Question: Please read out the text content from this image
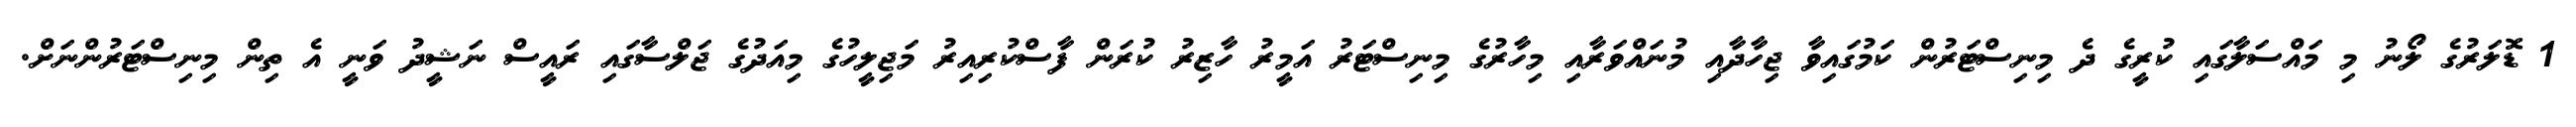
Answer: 1 ޑޮލަރުގެ ލޯނު މި މައްސަލާގައި ކުރީގެ ދެ މިނިސްޓަރުން ކަމުގައިވާ ޖިހާދާއި މުނައްވަރާއި މިހާރުގެ މިނިސްޓަރު އަމީރު ހާޒިރު ކުރަން ފާސްކުރިއިރު މަޖިލީހުގެ މިއަދުގެ ޖަލްސާގައި ރައީސް ނަޝީދު ވަނީ އެ ތިން މިނިސްޓަރުންނަށް.